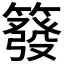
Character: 𥳊